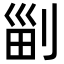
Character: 㓯